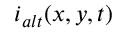
i _ { a l t } ( x , y , t )